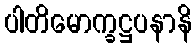
ပါတိမောက္ခဋ္ဌပနာနိ